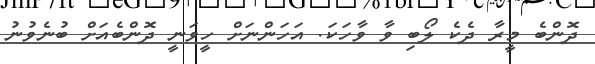
ދޮންބެ މީރާ ދެކެ ލޯބި ވާ ވާހަކަ. އަހަންނަށް ހީވަނީ ދޮންބެއަށް ބުނެވުނު